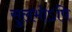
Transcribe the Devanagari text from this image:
सुलभोऽपि